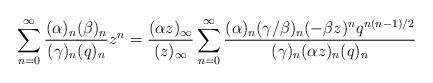
LaTeX: \begin{align*}\sum_{n=0}^{\infty}\frac{(\alpha)_n(\beta)_n}{(\gamma)_n(q)_n}z^n=\frac{(\alpha z)_{\infty}}{(z)_{\infty}}\sum_{n=0}^{\infty}\frac{(\alpha)_n(\gamma/\beta)_n(-\beta z)^nq^{n(n-1)/2}}{(\gamma)_n(\alpha z)_n(q)_n}\end{align*}